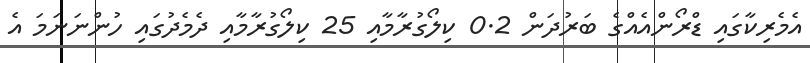
އެމެރިކާގައި ޑްރޯންއެއްގެ ބަރުދަން 0.2 ކިލޯގުރާމާއި 25 ކިލޯގުރާމާއި ދެމެދުގައި ހުންނަނަމަ އެ